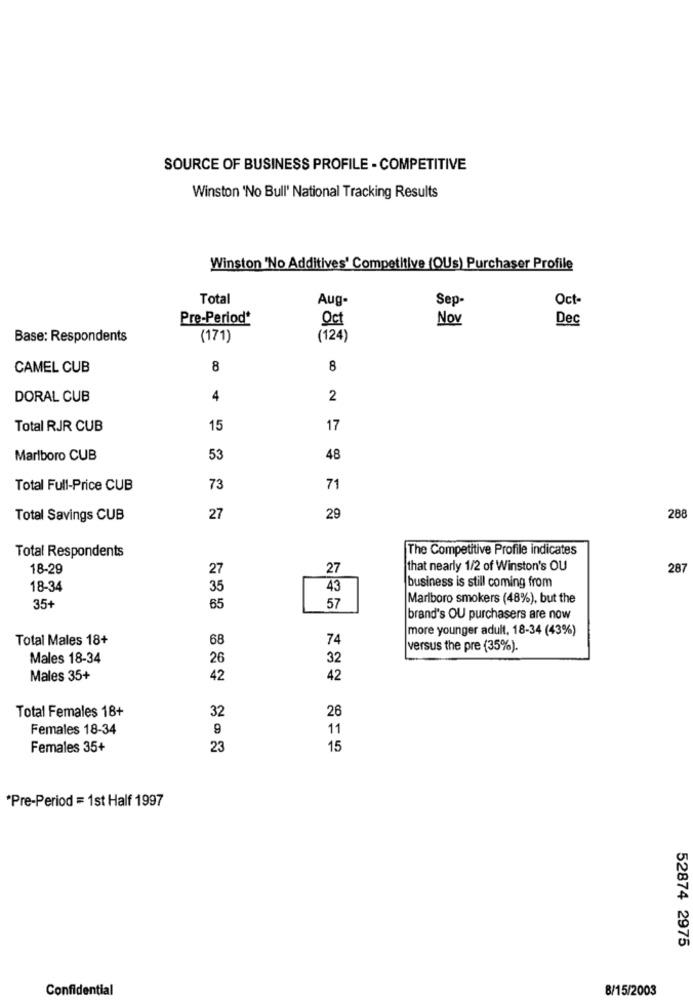
SOURCE OF BUSINESS PROFILE - COMPETITIVE
Winston 'No Bull' National Tracking Results
Winston 'No Additives' Competitive (OUs) Purchaser Profile
Total
Aug-
Oct-
Sep-
Pre-Period*
Oct
Nov
Dec
Base: Respondents
(171)
(124)
CAMEL CUB
8
8
DORAL CUB
4
2
Total RJR CUB
15
17
Marlboro CUB
53
48
Total Full-Price CUB
73
71
Total Savings CUB
27
29
288
The Competitive Profile indicates
Total Respondents
18-29
27
27
that nearly 1/2 of Winston's OU
287
18-34
35
43
business is still coming from
Marlboro smokers (48%), but the
35+
65
57
brand's OU purchasers are now
more younger adult, 18-34 (43%)
Total Males 18+
68
74
versus the pre (35%).
Males 18-34
26
32
Males 35+
42
42
Total Females 18+
26
32
Females 18-34
9
11
Females 35+
23
15
*Pre-Period = 1st Half 1997
52874 2975
Confidential
8/15/2003